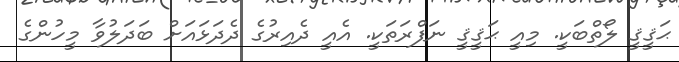
ޙަޤީޤީ ލޯތްބަކީ. މިއީ ޙަޤީޤީ ނަފްރަތަކީ. އެއީ ދެއިރުގެ ދެދަޅައަށް ބަދަލުވާ މީހުންގެ